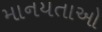
માનયતાઓ